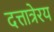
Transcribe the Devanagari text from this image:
दत्तात्रेरय